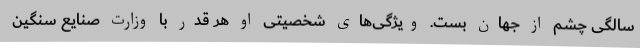
سالگی چشم از جهان بست. ویژگی‌های شخصیتی او هر قدر با وزارت صنایع سنگین